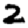
Digit: 2